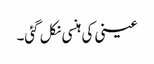
عینی کی ہنسی نکل گئی۔